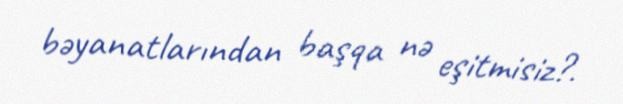
bəyanatlarından başqa nə eşitmisiz?.